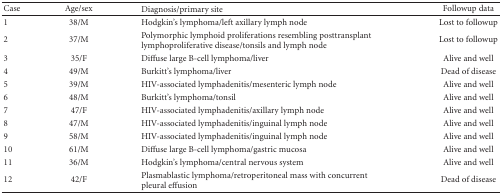
| Case | Age/sex | Diagnosis/primary site | Followup data |
 | --- | --- | --- | --- |
 | 1 | 38/M | Hodgkin's lymphoma/left axillary lymph node | Lost to followup |
 | 2 | 37/M | Polymorphic lymphoid proliferations resembling posttransplant lymphoproliferative disease/tonsils and lymph node | Lost to followup |
 | 3 | 35/F | Diffuse large B-cell lymphoma/liver | Alive and well |
 | 4 | 49/M | Burkitt's lymphoma/liver | Dead of disease |
 | 5 | 39/M | HIV-associated lymphadenitis/mesenteric lymph node | Alive and well |
 | 6 | 48/M | Burkitt's lymphoma/tonsil | Alive and well |
 | 7 | 47/F | HIV-associated lymphadenitis/axillary lymph node | Alive and well |
 | 8 | 47/M | HIV-associated lymphadenitis/inguinal lymph node | Alive and well |
 | 9 | 58/M | HIV-associated lymphadenitis/inguinal lymph node | Alive and well |
 | 10 | 61/M | Diffuse large B-cell lymphoma/gastric mucosa | Alive and well |
 | 11 | 36/M | Hodgkin's lymphoma/central nervous system | Alive and well |
 | 12 | 42/F | Plasmablastic lymphoma/retroperitoneal mass with concurrent pleural effusion | Dead of disease |